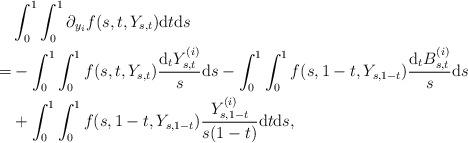
LaTeX: \begin{align*}&\int_0^1\int_0^1\partial_{y_i}f(s,t,Y_{s,t})\mathrm{d}t\mathrm{d}s\\=&-\int_0^1\int_0^1f(s,t,Y_{s,t})\frac{\mathrm{d}_tY^{(i)}_{s,t}}{s}\mathrm{d}s-\int_0^1\int_{0}^1f(s,1-t,Y_{s,1-t})\frac{\mathrm{d}_tB^{(i)}_{s,t}}{s}\mathrm{d}s\\&+\int_0^1\int_{0}^1f(s,1-t,Y_{s,1-t})\frac{Y^{(i)}_{s,1-t}}{s(1-t)}\mathrm{d}t\mathrm{d}s,\end{align*}